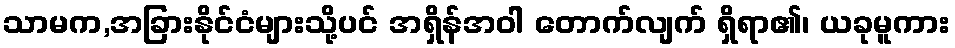
သာမက,အခြားနိုင်ငံများသို့ပင် အရှိန်အဝါ တောက်လျက် ရှိရာ၏၊ ယခုမူကား